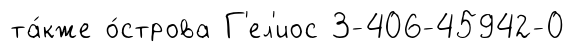
та́кже о́строва Г'ел'иос 3-406-45942-0